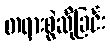
တရားစွဲဆိုခြင်း